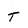
Character: T